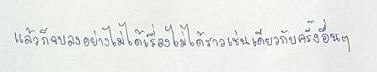
แล้วก็จบลงอย่างไม่ได้เรื่องไม่ได้ราวเช่นเดียวกับครั้งอื่นๆ